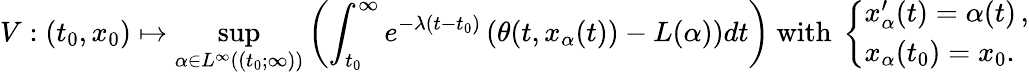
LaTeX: V:(t_{0},x_{0})\mapsto\operatorname*{sup}_{\alpha\in L^{\infty}((t_{0};\infty))}\left(\int_{t_{0}}^{\infty}e^{-\lambda(t-t_{0})}\left(\theta(t,x_{\alpha}(t))-L(\alpha)\right)dt\right)\mathrm{~with~}\left\{ \begin{array}{ll}{x_{\alpha}^{\prime}(t)=\alpha(t)\, ,}\\ {x_{\alpha}(t_{0})=x_{0}.}\end{array}\right.